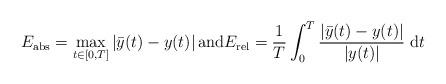
LaTeX: \begin{align*} E_{\rm abs} = \max_{t \in [0,T]} \left| \bar{y}(t) - y(t) \right| \mbox{and} E_{\rm rel} = \frac{1}{T} \int_0^T \frac{\left| \bar{y}(t) - y(t) \right|}{\left| y(t) \right|} \; {\rm d}t\end{align*}